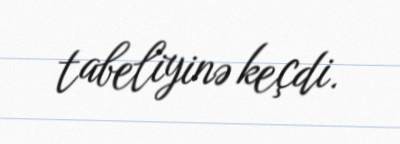
tabeliyinə keçdi.